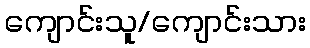
ကျောင်းသူ/ကျောင်းသား